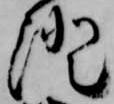
澄